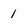
Character: 1